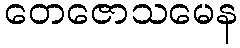
တေဇောသမေန